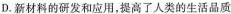
D.新材料的研发和应用，提高了人类的生活品质